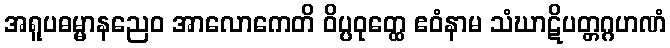
အရူပဓမ္မာနညေဝ အာလောကေတိ ဝိပ္ပဝုတ္ထေ ဧဝံနာမ သံဃာဋိပတ္တဂ္ဂဟဏံ